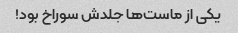
یکی از ماست‌ها جلدش سوراخ بود!